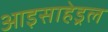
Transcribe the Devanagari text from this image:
आइसाहेड्रल